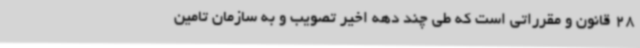
28 قانون و مقرراتی است که طی چند دهه اخیر تصویب و به سازمان تامین